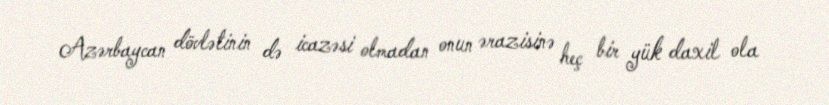
Azərbaycan dövlətinin də icazəsi olmadan onun ərazisinə heç bir yük daxil ola